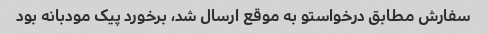
سفارش مطابق درخواستو به موقع ارسال شد، برخورد پیک مودبانه بود